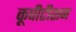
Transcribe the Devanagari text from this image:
कूपीटीशन